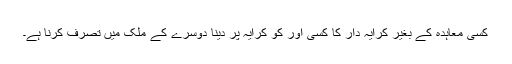
کسی معاہدہ کے بغیر کرایہ دار کا کسی اور کو کرایہ پر دینا دوسرے کے ملک میں تصرف کرنا ہے۔